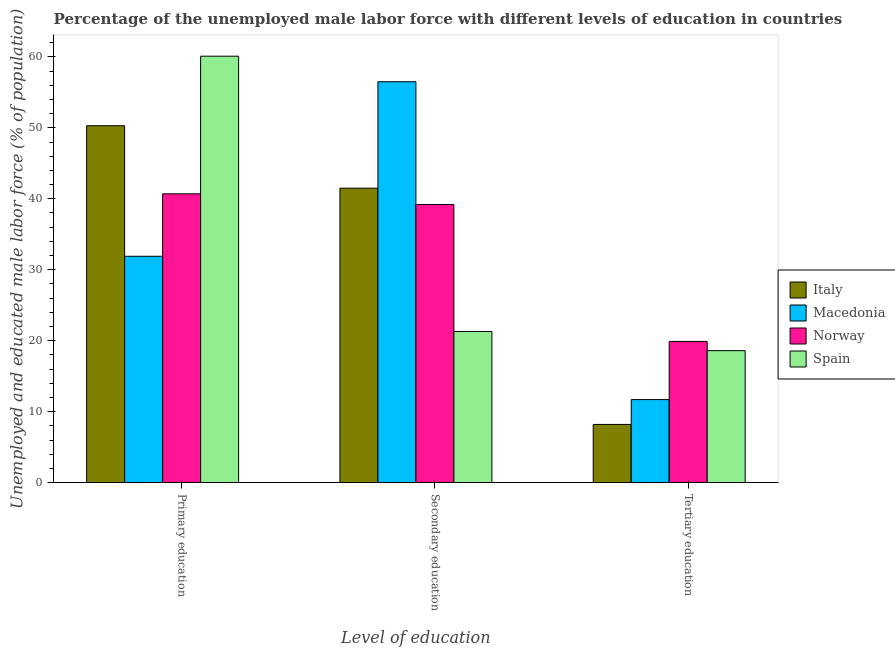
| Level of education | Italy | Macedonia | Norway | Spain |
 | --- | --- | --- | --- | --- |
 | Primary education | 50.3 | 31.9 | 40.7 | 60.1 |
 | Secondary education | 41.5 | 56.5 | 39.2 | 21.3 |
 | Tertiary education | 8.2 | 11.7 | 19.9 | 18.6 |